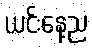
ယင်းနေ့ည